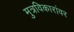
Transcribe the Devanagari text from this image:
मुत्रविकारांवर